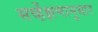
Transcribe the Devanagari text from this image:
सर्व्हेक्षणानुसार